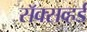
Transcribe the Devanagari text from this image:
सॅक्सव्हर्ड